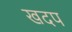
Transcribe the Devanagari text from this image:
खदप